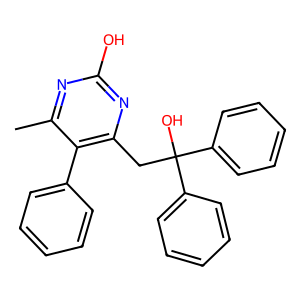
SMILES: Cc1nc(O)nc(CC(O)(c2ccccc2)c2ccccc2)c1-c1ccccc1
Inhibits HIV replication: No